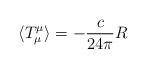
LaTeX: \begin{align*} \langle T_\mu^\mu \rangle = - \frac{c}{24\pi}R \end{align*}